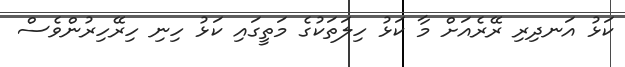
ކަޅު އަނދިރި ރޭރެއަށް މާ ކަޅު ހިލަތަކުގެ މަތީގައި ކަޅު ހިނި ހިރޭހިރުންވެސް